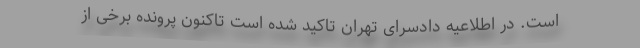
است. در اطلاعیه دادسرای تهران تاکید شده است تاکنون پرونده برخی از